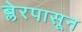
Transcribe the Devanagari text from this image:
ब्लेरपासून